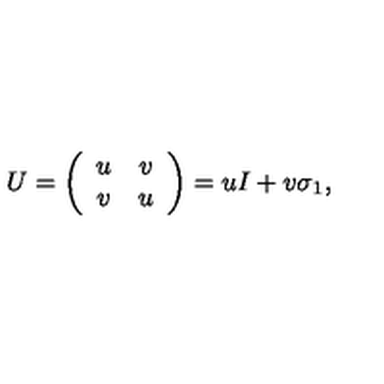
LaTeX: U = \left( \begin{array} { c c } { u } & { v } \\ { v } & { u } \\ \end{array} \right) = u I + v \sigma _ { 1 } ,